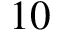
1 0